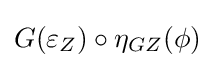
G(\varepsilon _{Z})\circ \eta _{GZ}(\phi )